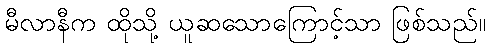
မီလာနီက ထိုသို့ ယူဆသောကြောင့်သာ ဖြစ်သည်။